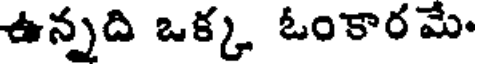
ఉన్నది ఒక్క ఓంకార మే